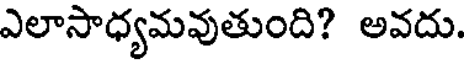
ఎలాసాధ్యమవుతుంది? అవదు.